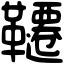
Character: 韆